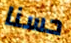
حسنا